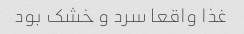
غذا واقعا سرد و خشک بود